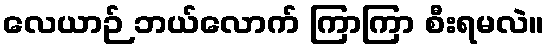
လေယာဉ် ဘယ်လောက် ကြာကြာ စီးရမလဲ။